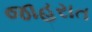
જાહરાત